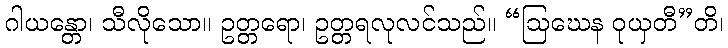
ဂါယန္တော၊ သီလိုသော။ ဥတ္တရော၊ ဥတ္တရလုလင်သည်။ “ဩဃေန ဝုယှတီ”တိ၊